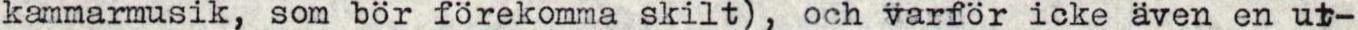
kammarmusik, som bör förekomma skilt), och varför icke även en ut-